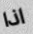
اذا